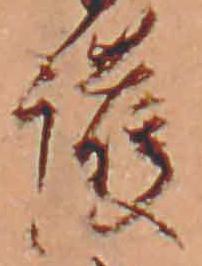
護